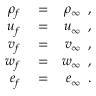
\begin{array} { r l r } { \rho _ { f } } & { { } = } & { \rho _ { \infty } \, \mathrm { ~ , ~ } } \\ { u _ { f } } & { { } = } & { u _ { \infty } \, \mathrm { ~ , ~ } } \\ { v _ { f } } & { { } = } & { v _ { \infty } \, \mathrm { ~ , ~ } } \\ { w _ { f } } & { { } = } & { w _ { \infty } \, \mathrm { ~ , ~ } } \\ { e _ { f } } & { { } = } & { e _ { \infty } \, \mathrm { ~ . ~ } } \end{array}